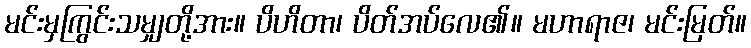
မင်းမှကြွင်းသမျှတို့အား။ ပိဟိတာ၊ ပိတ်အပ်လေ၏။ မဟာရာဇ၊ မင်းမြတ်။